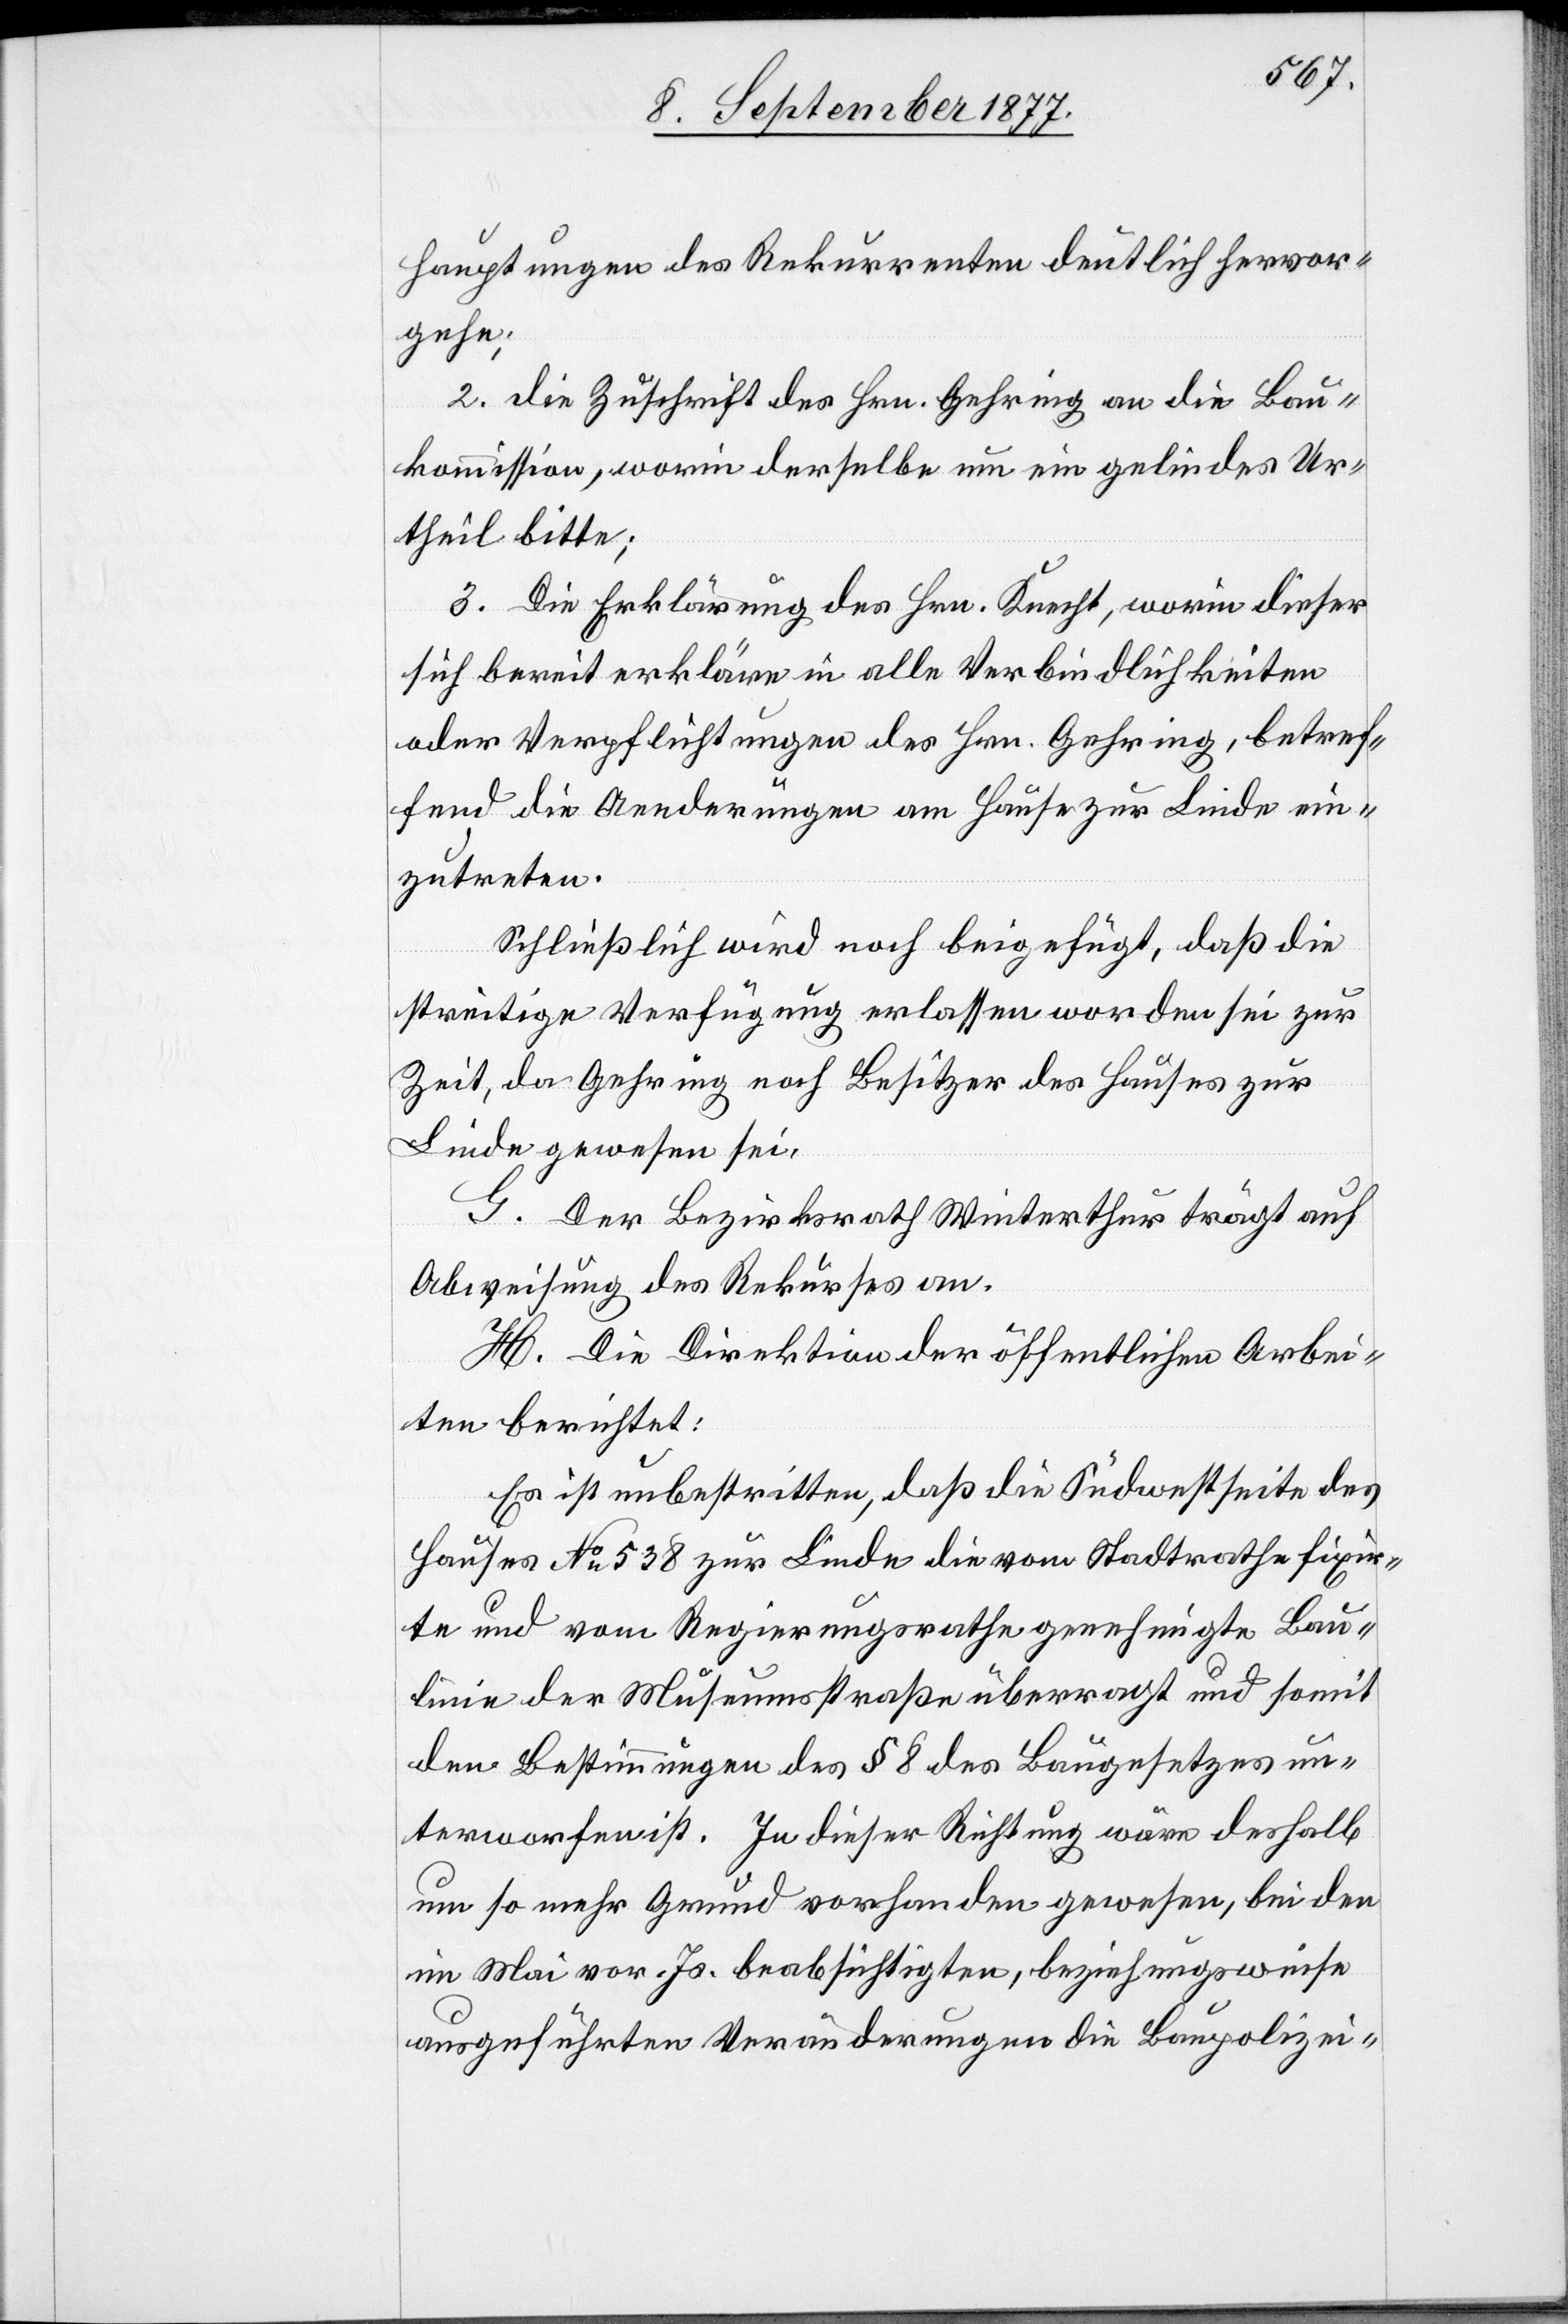
hauptungen des Rekurrenten deutlich hervor¬
gehe;
2. die Zuschrift des Hrn. Gehring an die Bau¬
kommission, worin derselbe um ein gelindes Ur¬
theil bitte;
3. Die Erklärung des Hrn. Knecht, worin dieser
sich bereit erkläre in alle Verbindlichkeiten
oder Verpflichtungen des Hrn. Gehring, betref¬
fend die Aenderungen am Hause zur Linde ein¬
zutreten.
Schließlich wird noch beigefügt, daß die
streitige Verfügung erlassen worden sei zur
Zeit, da Gehring noch Besitzer des Hauses zur
Linde gewesen sei.
G. Der Bezirksrath Winterthur trägt auf
Abweisung des Rekurses an.
H. Die Direktion der öffentlichen Arbei¬
ten berichtet:
Es ist unbestritten, daß die Südwestseite des
Hauses No 538 zur Linde die vom Stadtrathe fixir¬
te und vom Regierungsrathe genehmigte Bau¬
linie der Museumsstraße überragt und somit
den Bestimmungen des § 8 des Baugesetzes un¬
terworfen ist. In dieser Richtung wäre deshalb
um so mehr Grund vorhanden gewesen, bei den
im Mai vor. Js. beabsichtigten, beziehungsweise
ausgeführten Veränderungen die Baupolizei-